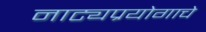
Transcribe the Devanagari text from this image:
नाट्यप्रयोगाचे